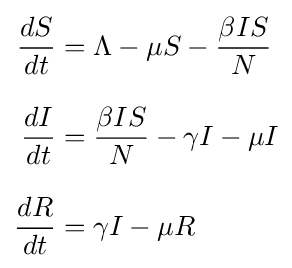
{\begin{aligned}{\frac {dS}{dt}}&=\Lambda -\mu S-{\frac {\beta IS}{N}}\\[8pt]{\frac {dI}{dt}}&={\frac {\beta IS}{N}}-\gamma I-\mu I\\[8pt]{\frac {dR}{dt}}&=\gamma I-\mu R\end{aligned}}